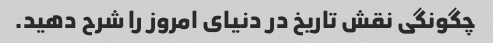
چگونگی نقش تاریخ در دنیای امروز را شرح دهید.